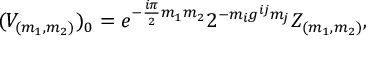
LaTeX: ( V _ { ( m _ { 1 } , m _ { 2 } ) } ) _ { 0 } = e ^ { - { \frac { i \pi } { 2 } } m _ { 1 } m _ { 2 } } 2 ^ { - m _ { i } g ^ { i j } m _ { j } } Z _ { ( m _ { 1 } , m _ { 2 } ) } ,